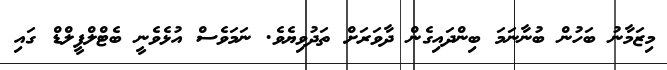
މިޒަމާނު ބަހުން ބުނާނަމަ ބިންދައިގެން ދާވަރަށް ތަދުވިޔެވެ. ނަމަވެސް އުޅެވެނީ ބެޓްލްފީލްޑް ގައި